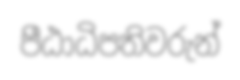
පීඨාධිපතිවරුන්